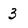
Character: 3